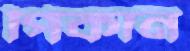
পিকান